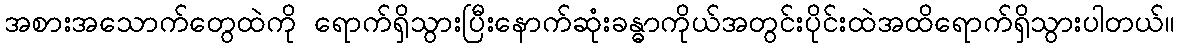
အစားအသောက်တွေထဲကို ရောက်ရှိသွားပြီးနောက်ဆုံးခန္ဓာကိုယ်အတွင်းပိုင်းထဲအထိရောက်ရှိသွားပါတယ်။